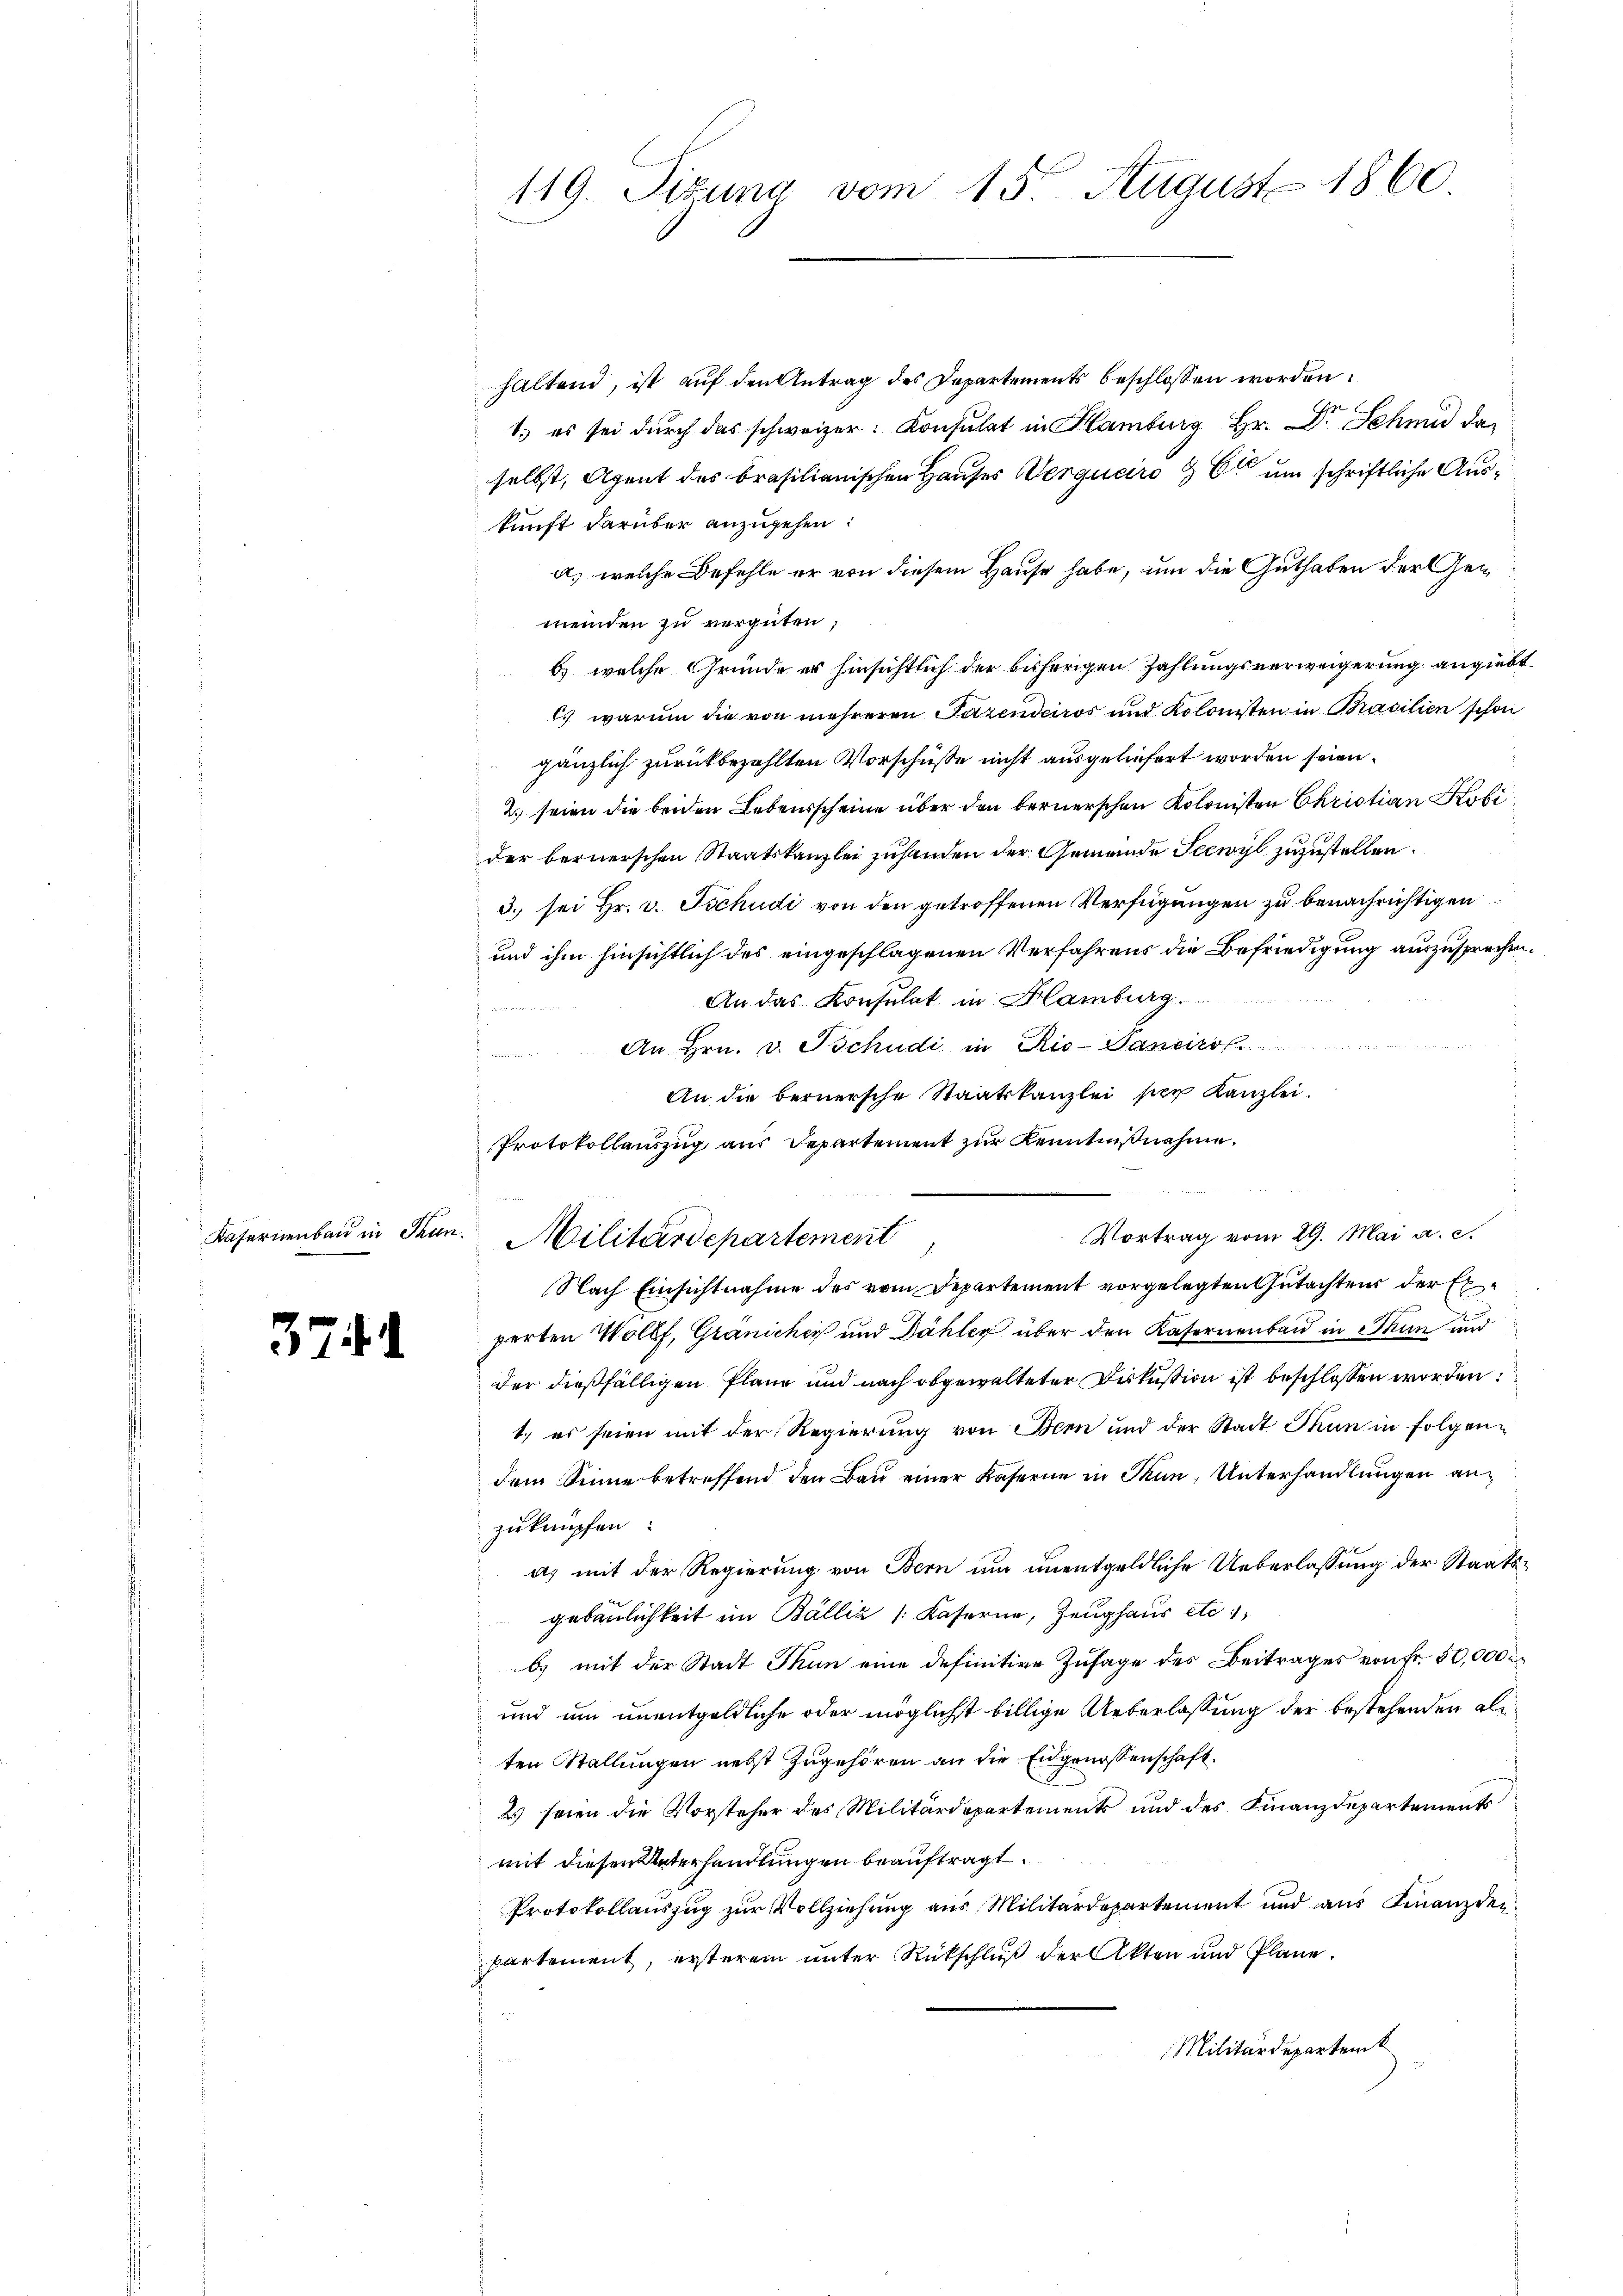
Kasernenbau in Thun.

371

haltend, ist auf den Antrag des Departements beschlossen worden.
1.) es sei durch das schweizer. Konsulat in Hamburg Hr. Dr. Schmid da
selbst, Agent des Brasilianischen Hauses Vergueiro § 6 um schriftliche Auskunft darüber anzugehen:
a) welche Befehle er von diesem Hause habe, um die Guthaben der Gemeinden zu vergüten;
b) welche Gründe er hinsichtlich der bisherigen Zahlungsverweigerung angiebt
C. warum die von mehreren Fazendciros und Kolonisten in Brasilien schon
gänzlich zurückbezahlten Vorschüsse nicht ausgeliefert worden seien.
2.) seien die beiden Lebensscheine über den bernerschen Kolonisten Christian Kobi
der bernerschen Staatskanzlei zuhanden der Gemeinde Seewyl zuzustellen.
3. sei Hr. v. Tschudi von den getroffenen Verfügungen zu benachrichtigen
und ihm hinsichtlich des eingeschlagenen Verfahrens die Befriedigung auszusprechen.
An das Konsulat in Flamburg.

An Hrn. v. Tschudi in Rio-Janeiro
An die bernersche Staatskanzlei ser Kanzlei.
Protokollauszug aus Departement zur Kenntnißnahme.
Vortrag vom 29. Mai a. c.
Militärdepartement
Nach Einsichtnahme des vom Departement vorgelegten Gutachtens der Ex
perten Wolff, Granichig und Dähler über den Kasernenbau in Thun und
der dießfälligen Planz und nach abgewalteter Diskussion ist beschlossen worden:
1.) es seien mit der Regierung von Bern und der Stadt Thun in folgendem Sinne betreffend den Bau einer Kaserne in Thun, Unterhandlungen anzuknüpfen:
as mit der Regierung von Bern um unentgeldliche Ueberlassung der Staatsgebäulichkeit im Balliz /: Kaserne, Zeughaus etc.
b) mit der Stadt Thun eine definitive Zusage des Beitrages von Fr. 50,000
und um unentgeldliche oder möglichst billige Ueberlassung der bestehenden alten Stallungen nebst zugehören an die Eidgenossenschaft.
2) seien die Vorsteher des Militärdepartements und des Finanzdepartements
mit diesen Unterhandlungen beauftragt.
Protokollauszug zur Vollziehung aus Militärdepartement und aus Finanzden
partement, ersterem unter Rückschluß der Akten und Pläne.
Militärdepartemt

119. Sizung vom 15t August 1860